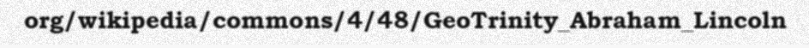
org/wikipedia/commons/4/48/GeoTrinity_Abraham_Lincoln